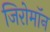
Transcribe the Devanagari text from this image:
जिरोमॉन